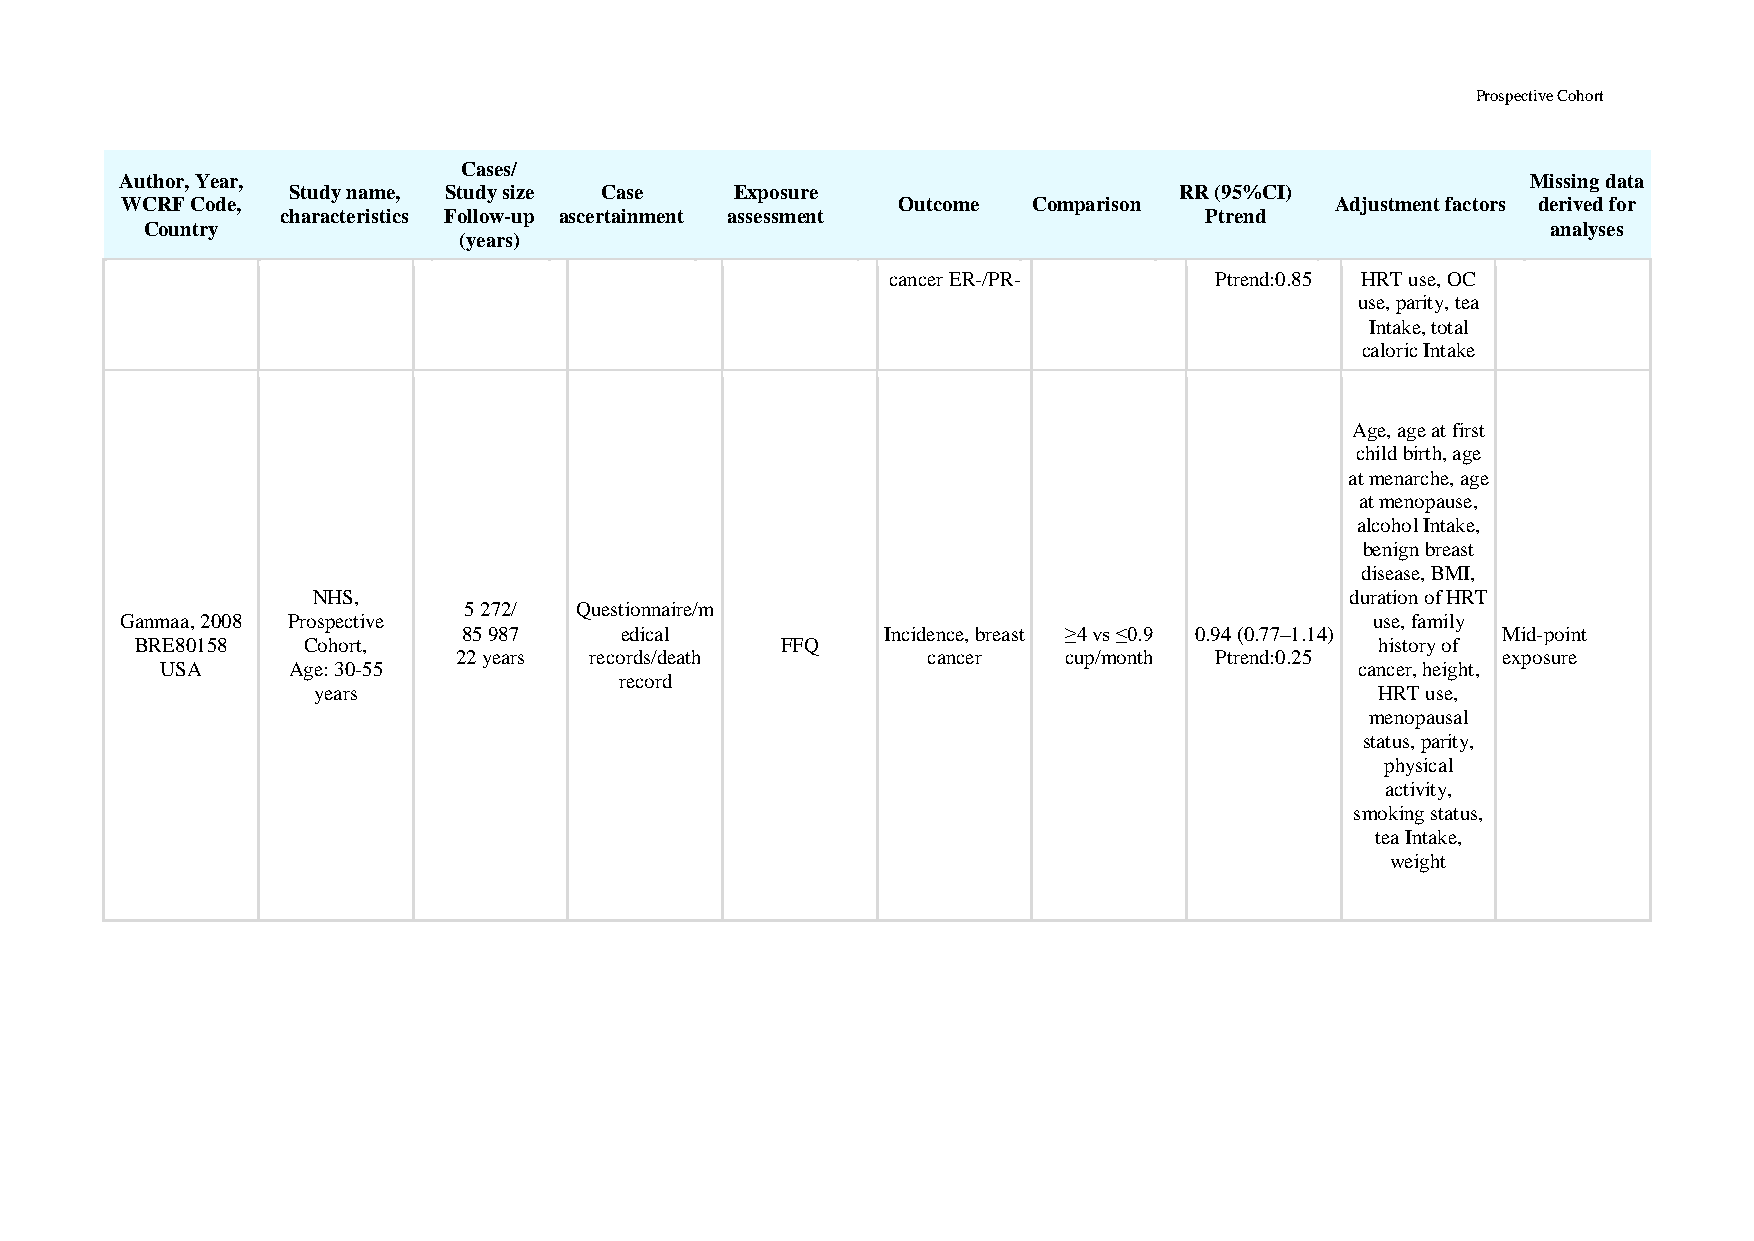
Prospective Cohort
 Cases/
 Author, Year,                                                                                Missing data
 Study name, Study size Case   Exposure                     RR (95%CI)
 WCRF Code,                                         Outcome  Comparison          Adjustment factors derived for
 characteristics Follow-up ascertainment assessment           Ptrend
 Country                                                                                      analyses
 (years)
 cancer ER-/PR-       Ptrend:0.85 HRT use, OC
 use, parity, tea
 Intake, total
 caloric Intake
 Age, age at first
 child birth, age
 at menarche, age
 at menopause,
 alcohol Intake,
 benign breast
 disease, BMI,
 NHS,                                                                duration of HRT
 5 272/ Questionnaire/m
 Ganmaa, 2008 Prospective                                                           use, family
 85 987    edical            Incidence, breast ≥4 vs ≤0.9 0.94 (0.77–1.14) Mid-point
 BRE80158   Cohort,                         FFQ                                    history of
 22 years records/death         cancer   cup/month Ptrend:0.25        exposure
 USA     Age: 30-55                                                             cancer, height,
 record
 years                                                                 HRT use,
 menopausal
 status, parity,
 physical
 activity,
 smoking status,
 tea Intake,
 weight